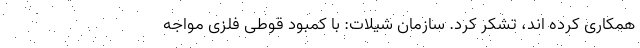
همکاری کرده اند، تشکر کرد. سازمان شیلات: با کمبود قوطی فلزی مواجه